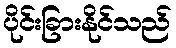
ပိုင်းခြားနိုင်သည်